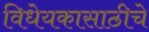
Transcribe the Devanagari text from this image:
विधेयकासाठीचे